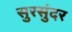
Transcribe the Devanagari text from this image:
सुरसुंदर